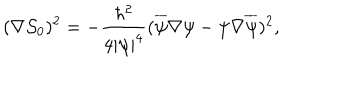
LaTeX: ( \nabla \mathcal { S } _ { 0 } ) ^ { 2 } = - { \frac { \hbar ^ { 2 } } { 4 | \psi | ^ { 4 } } } ( \overline { { \psi } } \nabla \psi - \psi \nabla \overline { { \psi } } ) ^ { 2 } ,